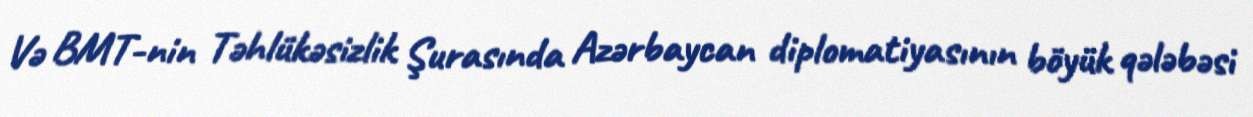
Və BMT-nin Təhlükəsizlik Şurasında Azərbaycan diplomatiyasının böyük qələbəsi